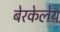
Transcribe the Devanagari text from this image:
बेरकेलेय